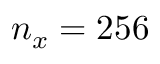
n _ { x } = 2 5 6